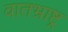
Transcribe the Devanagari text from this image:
वातभ्राष्ट्र